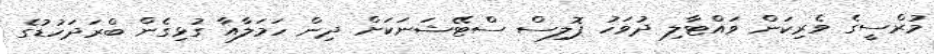
މުރްސީގެ ވެރިކަން ވައްޓާލި ދުވަހު ޕޮލިސް ސްޓޭޝަނަކަށް ދިން ހަމަލާއާ ގުޅިގެން ބްރަދަހުޑުގެ